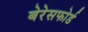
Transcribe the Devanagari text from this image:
बेरेसफोर्ड